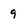
Character: 9